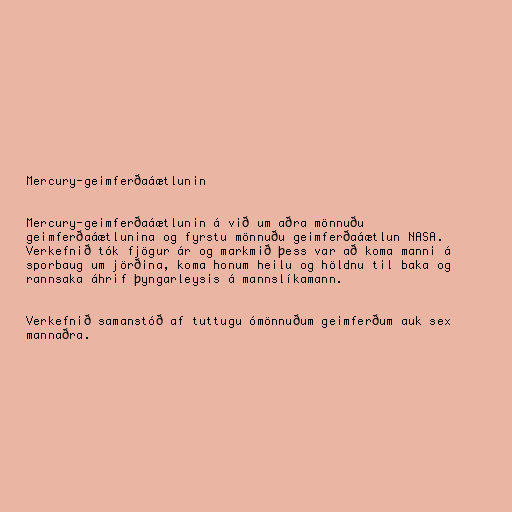
Mercury-geimferðaáætlunin

Mercury-geimferðaáætlunin á við um aðra mönnuðu
geimferðaáætlunina og fyrstu mönnuðu geimferðaáætlun NASA.
Verkefnið tók fjögur ár og markmið þess var að koma manni á
sporbaug um jörðina, koma honum heilu og höldnu til baka og
rannsaka áhrif þyngarleysis á mannslíkamann.

Verkefnið samanstóð af tuttugu ómönnuðum geimferðum auk sex
mannaðra.